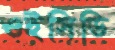
ওইসিডি